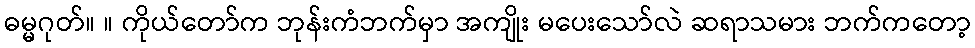
ဓမ္မဂုတ်။ ။ ကိုယ်တော်က ဘုန်းကံဘက်မှာ အကျိုး မပေးသော်လဲ ဆရာသမား ဘက်ကတော့